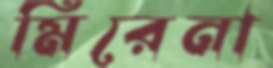
মিরেনা